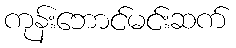
ကုန်းဘောင်မင်းဆက်